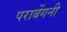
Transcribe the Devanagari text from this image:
पराबेंगनी